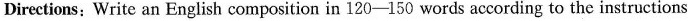
Directions:Write an English composition in 120-150 words according to the instructions